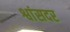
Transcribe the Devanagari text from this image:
श्वांसदर